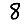
Digit: 8